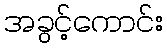
အခွင့်ကောင်း